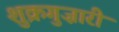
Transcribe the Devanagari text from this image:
शुक्रगुज़ारी